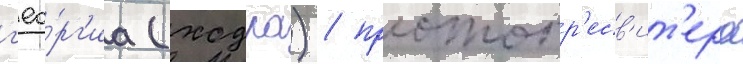
г'ео́рг'иа (ходра) / протопр'есв'ит'ера